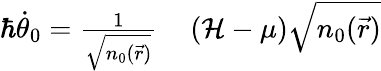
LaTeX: \begin{array}{rl}{\hbar\dot{\theta}_{0}=\frac{1}{\sqrt{n_{0}(\vec{r})}}}&{{}\left(\mathcal{H}-\mu\right)\sqrt{n_{0}(\vec{r})}}\end{array}